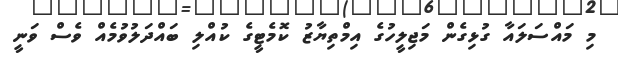
މި މައްސަލައާ ގުޅިގެން މަޖިލީހުގެ އިމްތިޔާޒު ކޮމެޓީގެ ކުއްލި ބައްދަލުވުމެއް ވެސް ވަނީ